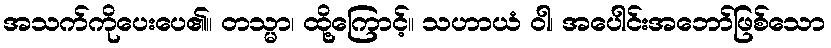
အသက်ကိုပေးပေ၏။ တသ္မာ၊ ထို့ကြောင့်။ သဟာယံ ဝါ၊ အပေါင်းအဘော်ဖြစ်သော